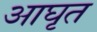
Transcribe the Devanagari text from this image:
आघृत